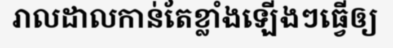
រាលដាលកាន់តែខ្លាំងឡើងៗធ្វើឲ្យ